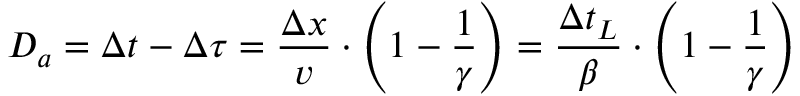
D _ { a } = \Delta t - \Delta \tau = \frac { \Delta x } { v } \cdot \left( 1 - \frac { 1 } { \gamma } \right) = \frac { \Delta t _ { L } } { \beta } \cdot \left( 1 - \frac { 1 } { \gamma } \right)